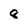
Character: 8